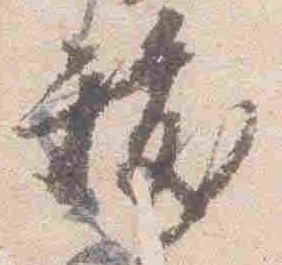
祓